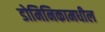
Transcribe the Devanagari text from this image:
डोमिनिकामधील